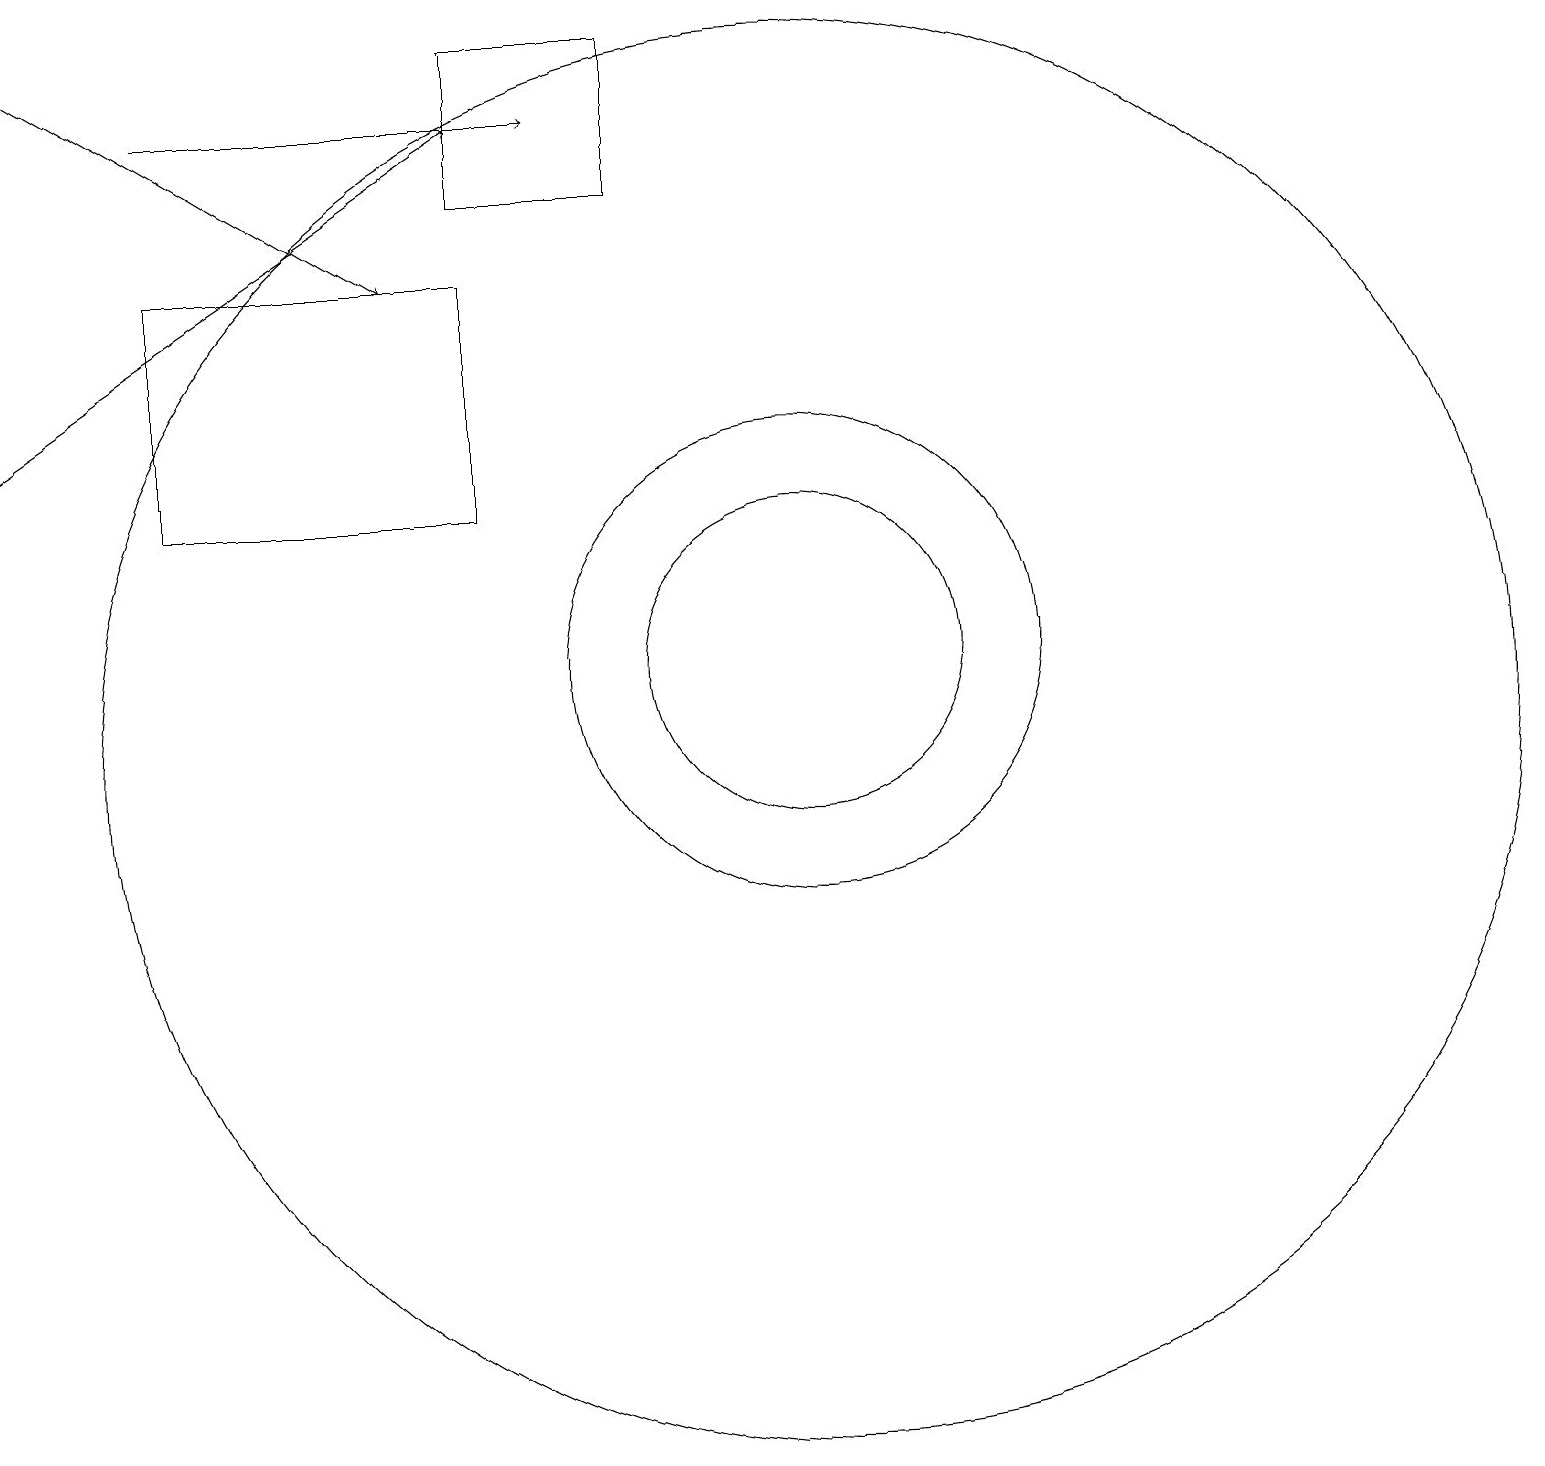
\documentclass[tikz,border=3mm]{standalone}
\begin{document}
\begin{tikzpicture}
\draw (9,19) rectangle (7,17);
\draw[->] (3,18) -- (8,18);
\draw (3,13) rectangle (7,16);
\draw[->] (1,19) -- (6,16);
\draw[->] (1,14) -- (7,18);
\draw (11,11) circle (3);
\draw (11,11) circle (2);
\draw (11,10) circle (9);
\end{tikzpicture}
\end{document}